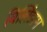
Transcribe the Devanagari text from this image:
विझिंझम